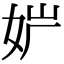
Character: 𡛢